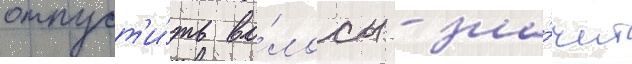
отпуст'и́ть во́лосы - зна́чит